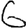
Digit: 6